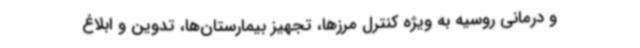
و درمانی روسیه به ویژه کنترل مرزها، تجهیز بیمارستان‌ها، تدوین و ابلاغ